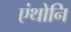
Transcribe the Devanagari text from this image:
एंथोनि